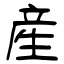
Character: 産